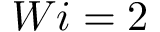
W i = 2